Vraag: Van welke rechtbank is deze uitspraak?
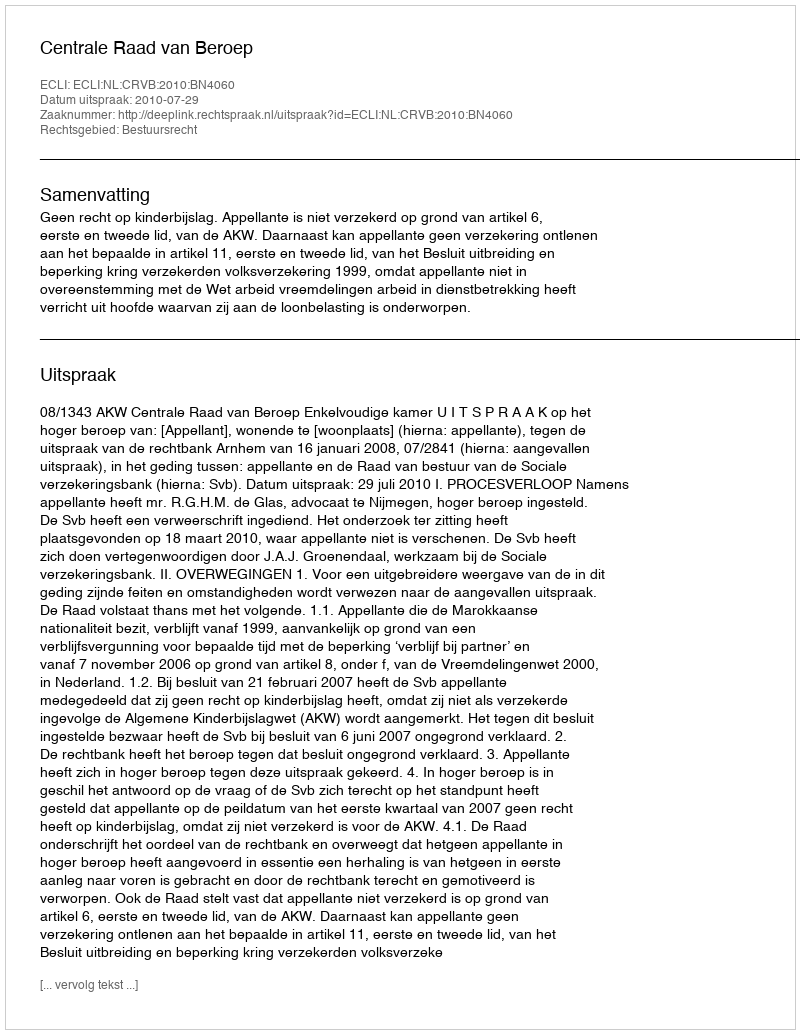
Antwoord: Centrale Raad van Beroep